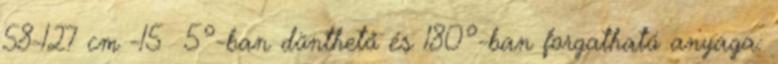
58-127 cm -15 5°-ban dönthető és 180°-ban forgatható anyaga: